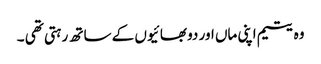
وہ یتیم اپنی ماں اور دو بھائیوں کے ساتھ رہتی تھی ۔